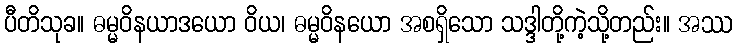
ပီတိသုခ။ ဓမ္မဝိနယာဒယော ဝိယ၊ ဓမ္မဝိနယော အစရှိသော သဒ္ဒါတို့ကဲ့သို့တည်း။ အဿ